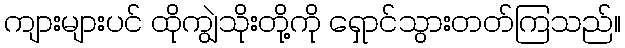
ကျားများပင် ထိုကျွဲသိုးတို့ကို ရှောင်သွားတတ်ကြသည်။